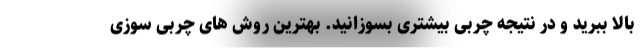
بالا ببرید و در نتیجه چربی بیشتری بسوزانید. بهترین روش های چربی سوزی